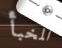
المخبأ